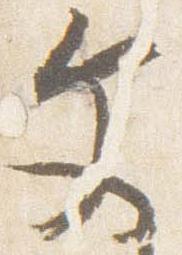
文